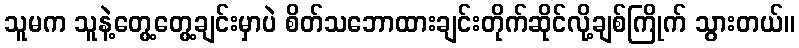
သူမက သူနဲ့တွေ့တွေ့ချင်းမှာပဲ စိတ်သဘောထားချင်းတိုက်ဆိုင်လို့ချစ်ကြိုက် သွားတယ်။